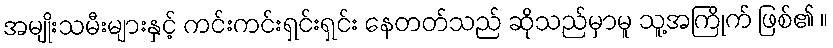
အမျိုးသမီးများနှင့် ကင်းကင်းရှင်းရှင်း နေတတ်သည် ဆိုသည်မှာမူ သူ့အကြိုက် ဖြစ်၏ ။